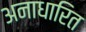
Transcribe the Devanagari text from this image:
अनाधारित